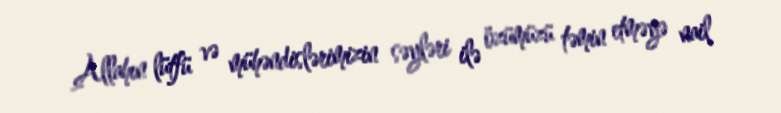
Allahın lütfü və mühəndislərimizin səyləri ilə özümüzü təmin etməyə nail